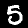
Label: 5